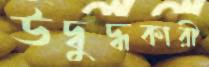
উদ্বুদ্ধকারী